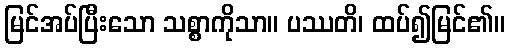
မြင်အပ်ပြီးသော သစ္စာကိုသာ။ ပဿတိ၊ ထပ်၍မြင်၏။